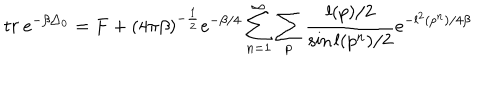
LaTeX: t r \: e ^ { - \beta \triangle _ { 0 } } = F + ( 4 \pi \beta ) ^ { - \frac { 1 } { 2 } } e ^ { - \beta / 4 } \sum _ { n = 1 } ^ { \infty } \sum _ { p } \frac { l ( p ) / 2 } { \sin l ( p ^ { n } ) / 2 } e ^ { - l ^ { 2 } ( p ^ { n } ) / 4 \beta }